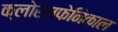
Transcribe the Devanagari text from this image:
क्लोरेमफेनिकाल